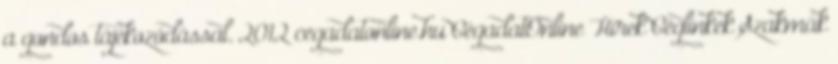
a gondos tájékozódással. 2012 cegadatonline.hu CégadatOnline Hírek Céglinkek Szakmák